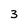
Character: 3